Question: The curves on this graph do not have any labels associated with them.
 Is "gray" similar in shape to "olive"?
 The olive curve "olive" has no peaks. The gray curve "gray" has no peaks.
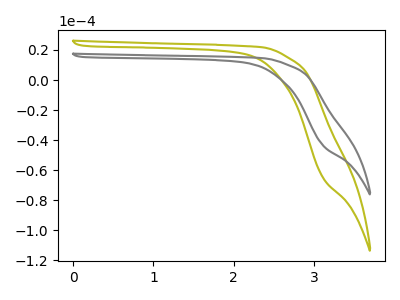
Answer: <think>Neither "gray" or "olive" have any peaks.
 </think>
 <answer>"gray" and "olive" are similar in shape.</answer>
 <eval>same_shape</eval>